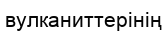
вулканиттерінің